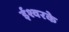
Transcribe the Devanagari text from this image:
ईश्वरके